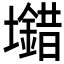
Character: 𡓠